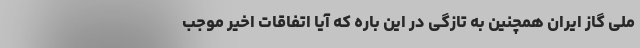
ملی گاز ایران همچنین به تازگی در این باره که آیا اتفاقات اخیر موجب